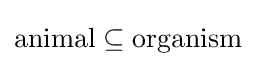
{\text{animal}}\subseteq {\text{organism}}